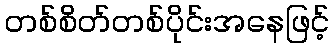
တစ်စိတ်တစ်ပိုင်းအနေဖြင့်